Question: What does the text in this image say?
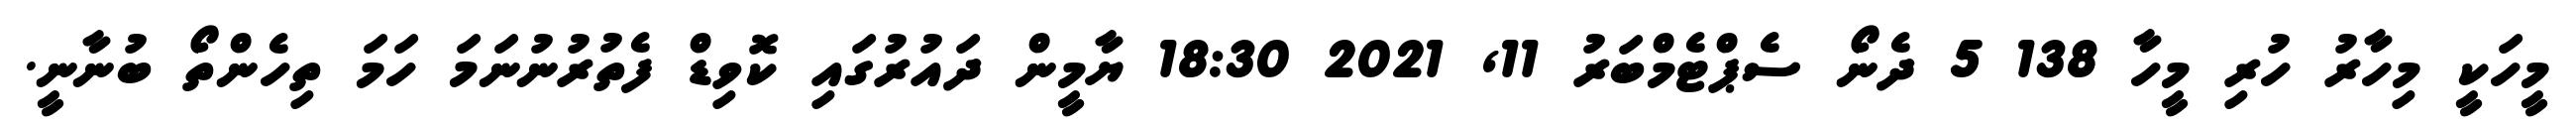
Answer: މީހަކީ މިހާރު ހުރި މީހާ 138 5 ދެނޯ ސެޕްޓެމްބަރު 11, 2021 18:30 ޔާމީން ދައުރުގައި ކޮވިޑް ފެތުރުނުނަމަ ހަމަ ތިހެންތޯ ބުނާނީ.